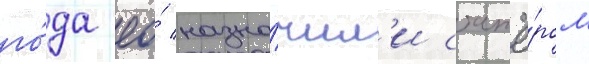
го́да ео́ назна́чил'и стажё́ром